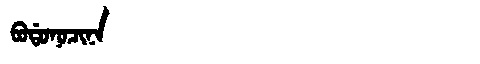
Manchu: ᠪᠣᡩᠣᠨᠣᠴᡳᠨᠠ
Romanization: BODONOCINA